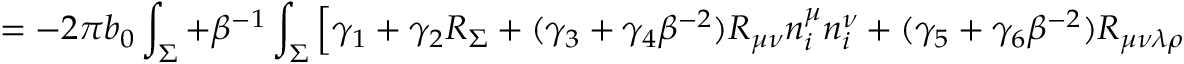
= - 2 \pi b _ { 0 } \int _ { \Sigma } + \beta ^ { - 1 } \int _ { \Sigma } \left[ \gamma _ { 1 } + \gamma _ { 2 } R _ { \Sigma } + ( \gamma _ { 3 } + \gamma _ { 4 } \beta ^ { - 2 } ) R _ { \mu \nu } n _ { i } ^ { \mu } n _ { i } ^ { \nu } + ( \gamma _ { 5 } + \gamma _ { 6 } \beta ^ { - 2 } ) R _ { \mu \nu \lambda \rho } n _ { i } ^ { \mu } n _ { i } ^ { \lambda } n _ { j } ^ { \nu } n _ { j } ^ { \rho } \right] ~ ~ ~